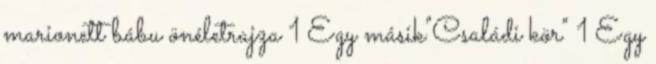
marionett bábu önéletrajza 1 Egy másik"Családi kör" 1 Egy